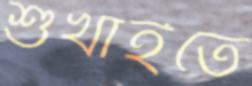
শুঁখাইতে